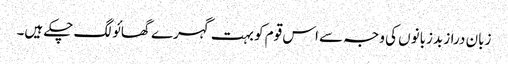
زبان دراز بدزبانوں کی وجہ سے اس قوم کو بہت گہرے گھائو لگ چکے ہیں۔